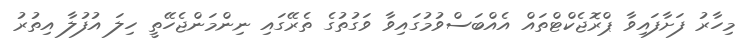
މިހާރު ފަށާފައިވާ ޕްރޮޖެކްޓްތައް އެއްބަސްވުމުގައިވާ ވަގުތުގެ ތެރޭގައި ނިންމަންޖެހޭތީ ހިލަ އުފުލާ އިތުރު